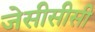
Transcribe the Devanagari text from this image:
जेसीसीसी